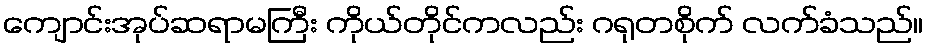
ကျောင်းအုပ်ဆရာမကြီး ကိုယ်တိုင်ကလည်း ဂရုတစိုက် လက်ခံသည်။